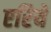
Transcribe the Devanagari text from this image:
एरिये